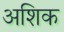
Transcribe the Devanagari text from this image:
अशिक